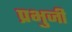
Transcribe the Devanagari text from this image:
प्रभुजी